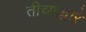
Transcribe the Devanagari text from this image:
तीच्याद्वारे